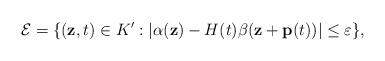
LaTeX: \begin{align*}\mathcal{E}=\{(\mathbf{z},t)\in K': |\alpha(\mathbf{z})-H(t)\beta(\mathbf{z}+\mathbf{p}(t))|\leq\varepsilon\}, \end{align*}